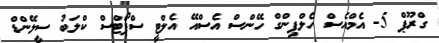
ގްރޫޕް 5- އެމްއެސް ހެލްޕިންގް ހޭންސް އެސްއޭ އެލްޓީ ސްޕޯޓްސް ކްލަބު ސީލޭންޑް